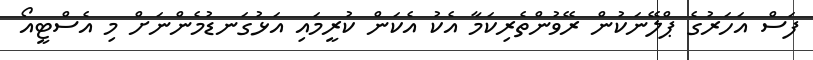
ފަސް އަހަރުގެ ޕްލޭނަކުން ރޭވުންތެރިކަމާ އެކު އެކަން ކުރީމައި އަޅުގަނޑުމެންނަށް މި އެސްޓީއޯ